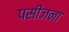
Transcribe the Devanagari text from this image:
पसीजना